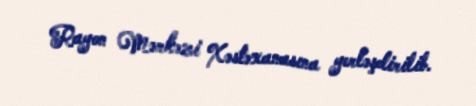
Rayon Mərkəzi Xəstəxanasına yerləşdirilib.